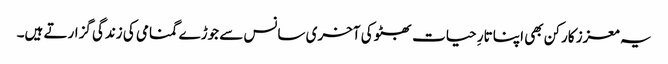
یہ معزز کارکن بھی اپنا تارِ حیات بھٹو کی آخری سانس سے جوڑے گمنامی کی زندگی گزارتے ہیں۔